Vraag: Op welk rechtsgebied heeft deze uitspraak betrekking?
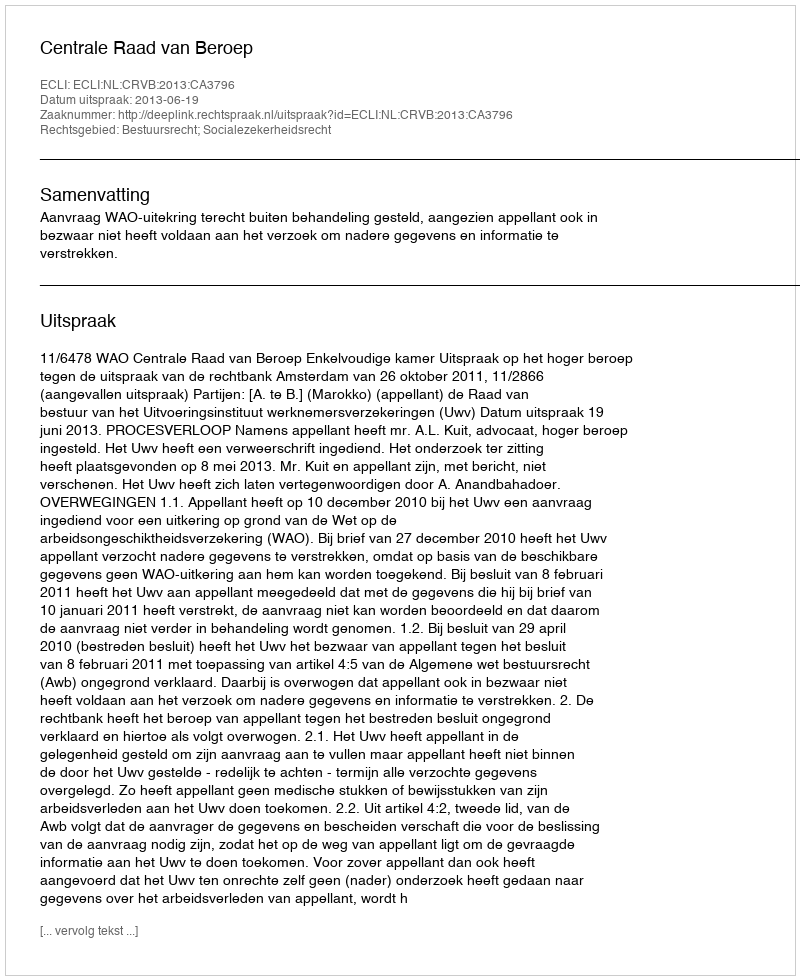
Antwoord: Bestuursrecht; Socialezekerheidsrecht